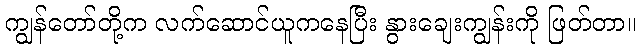
ကျွန်တော်တို့က လက်ဆောင်ယူကနေပြီး နွားချေးကျွန်းကို ဖြတ်တာ။